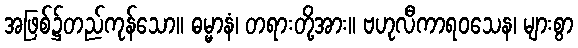
အဖြစ်၌တည်ကုန်သော။ ဓမ္မာနံ၊ တရားတို့အား။ ဗဟုလီကာရဝသေန၊ များစွာ